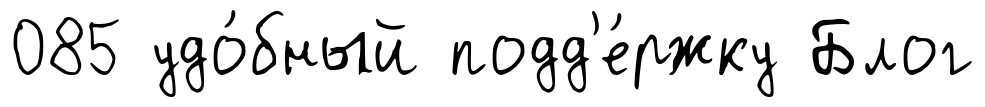
085 удо́бный подд'е́ржку Блог